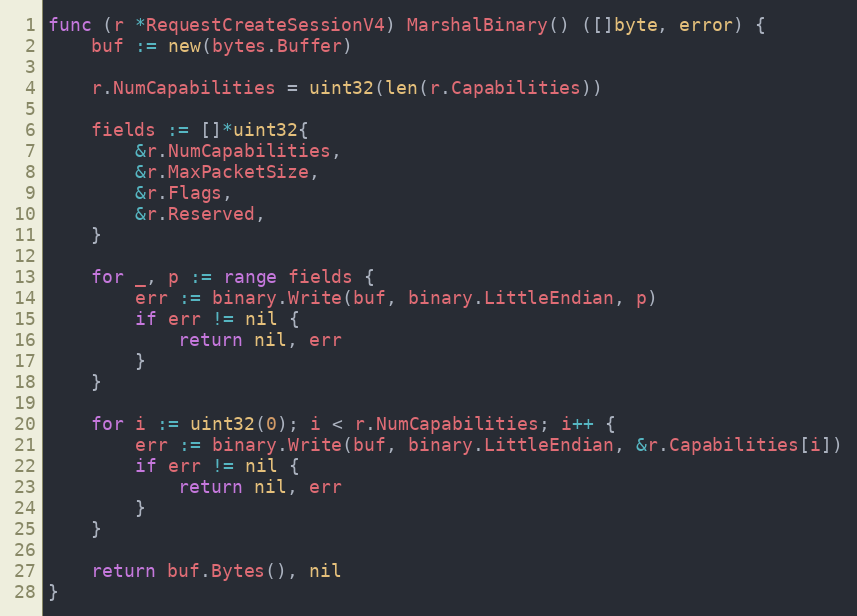
Language: Go
func (r *RequestCreateSessionV4) MarshalBinary() ([]byte, error) {
	buf := new(bytes.Buffer)

	r.NumCapabilities = uint32(len(r.Capabilities))

	fields := []*uint32{
		&r.NumCapabilities,
		&r.MaxPacketSize,
		&r.Flags,
		&r.Reserved,
	}

	for _, p := range fields {
		err := binary.Write(buf, binary.LittleEndian, p)
		if err != nil {
			return nil, err
		}
	}

	for i := uint32(0); i < r.NumCapabilities; i++ {
		err := binary.Write(buf, binary.LittleEndian, &r.Capabilities[i])
		if err != nil {
			return nil, err
		}
	}

	return buf.Bytes(), nil
}